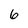
Character: 6